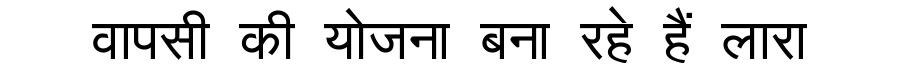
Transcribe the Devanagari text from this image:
वापसी की योजना बना रहे हैं लारा